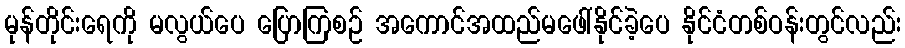
မုန်တိုင်းရေကို မလွယ်ပေ ပြောကြစဉ် အကောင်အထည်မဖေါ်နိုင်ခဲ့ပေ နိုင်ငံတစ်ဝန်းတွင်လည်း